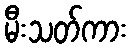
မီးသတ်ကား